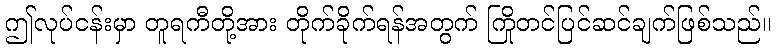
ဤလုပ်ငန်းမှာ တူရကီတို့အား တိုက်ခိုက်ရန်အတွက် ကြိုတင်ပြင်ဆင်ချက်ဖြစ်သည်။